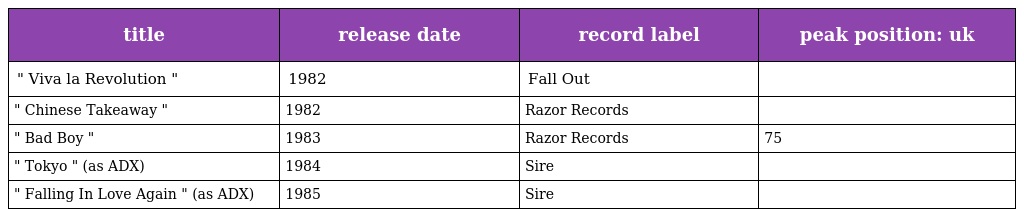
| title | release date | record label | peak position: uk |
 | --- | --- | --- | --- |
 | " Viva la Revolution " | 1982 | Fall Out |  |
 | " Chinese Takeaway " | 1982 | Razor Records |  |
 | " Bad Boy " | 1983 | Razor Records | 75 |
 | " Tokyo " (as ADX) | 1984 | Sire |  |
 | " Falling In Love Again " (as ADX) | 1985 | Sire |  |